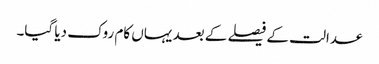
عدالت کے فیصلے کے بعد یہاں کام روک دیا گیا۔